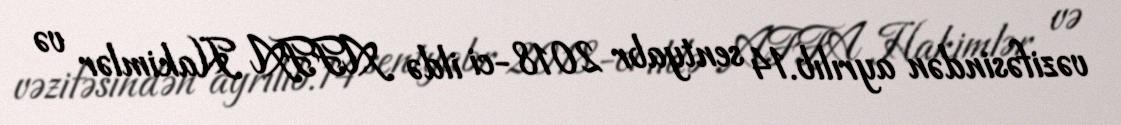
vəzifəsindən ayrılıb.14 sentyabr 2018-ci ildə AFFA Hakimlər və